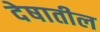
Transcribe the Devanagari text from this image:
देषातील